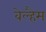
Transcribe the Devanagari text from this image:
वेल्हैम